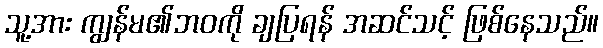
သူ့အား ကျွန်မ၏ဘဝကို ချပြရန် အဆင်သင့် ဖြစ်နေသည်။